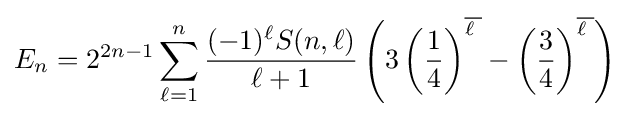
E_{n}=2^{2n-1}\sum _{\ell =1}^{n}{\frac {(-1)^{\ell }S(n,\ell )}{\ell +1}}\left(3\left({\frac {1}{4}}\right)^{\overline {\ell {\phantom {.}}}}-\left({\frac {3}{4}}\right)^{\overline {\ell {\phantom {.}}}}\right)